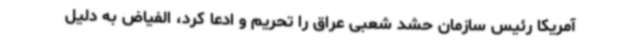
آمریکا رئیس سازمان حشد شعبی عراق را تحریم و ادعا کرد، الفیاض به دلیل